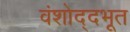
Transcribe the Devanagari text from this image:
वंशोद्दभूत